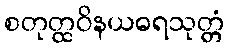
စတုတ္ထဝိနယဓရသုတ္တံ